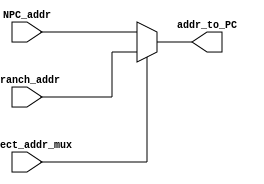
`timescale 1ps / 1ps
//////////////////////////////////////////////////////////////////////////////////
// Company: 
// Engineer: 
// 
// Design Name: 
// Module Name: addr_mux
// Project Name: 
// Target Devices: 
// Tool Versions: 
// Description: 
// 
// Dependencies: 
// 
// Revision:
// Revision 0.01 - File Created
// Additional Comments:
// 
//////////////////////////////////////////////////////////////////////////////////


module addr_mux(input [11:0]NPC_addr,input [11:0]Branch_addr, output reg[11:0]addr_to_PC,input select_addr_mux);
always @(*)
begin
if (select_addr_mux==1)
begin
addr_to_PC[11:0]=Branch_addr[11:0];
end
else 
addr_to_PC[11:0]=NPC_addr[11:0];
end
endmodule